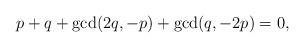
LaTeX: \begin{align*}p+q+\gcd(2q,-p)+\gcd(q,-2p)=0,\end{align*}